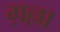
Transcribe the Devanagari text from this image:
ग़ल्ला